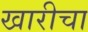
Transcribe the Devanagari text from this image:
खारीचा